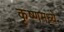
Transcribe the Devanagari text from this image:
कृष्णमध्ये